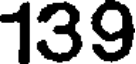
139